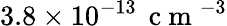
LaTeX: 3.8\times 10^{-13}\, \mathrm{~c~m~}^{-3}